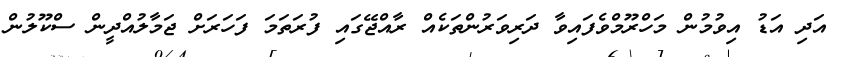
އަދި އަޑު އިވުމުން މަހްރޫމްވެފައިވާ ދަރިވަރުންތަކެއް ރާއްޖޭގައި ފުރަތަމަ ފަހަރަށް ޖަމާލުއްދީން ސްކޫލުން